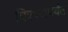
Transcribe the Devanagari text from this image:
चित्रपटापर्यंत